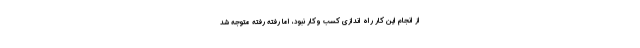
از انجام این کار راه اندازی کسب وکار نبود، اما رفته رفته متوجه شد